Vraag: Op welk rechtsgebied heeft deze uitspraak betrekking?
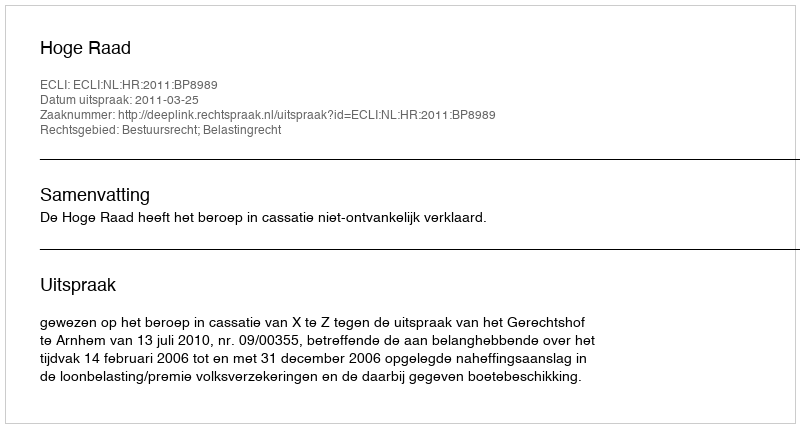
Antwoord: Bestuursrecht; Belastingrecht